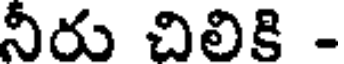
నీరు చిలికి -